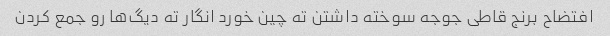
افتضاح برنج قاطی جوجه سوخته داشتن ته چین خورد انگار ته دیگ‌ها رو جمع کردن